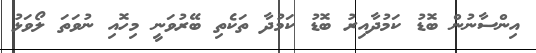
އިންސާނުން ބޮޑު ކަމުދާއިރު ބޮޑު ކަމުދާ ތަކެތި ބޭރުވަނީ މިހޮއި ނުވަތަ ލޯވަޅު